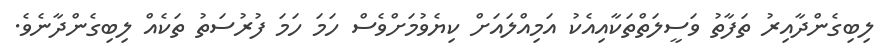
ލިބިގެންދާއިރު ތަފާތު ވަސީލަތްތަކާއިއެކު އަމިއްލައަށް ކިޔެވުމަށްވެސް ހަމަ ހަމަ ފުރުސަތު ތަކެއް ލިބިގެންދާނެވެ.